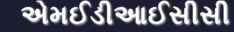
એમઈડીઆઈસીસી